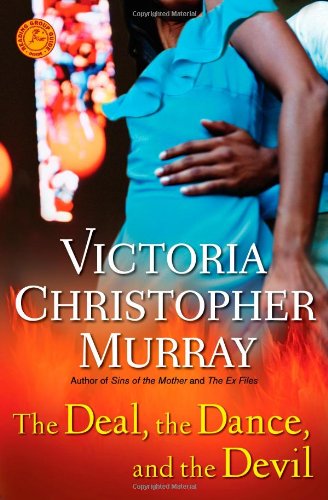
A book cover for The Deal, the Dance, and the Devil: A Novel; Victoria Christopher Murray; Literature & Fiction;